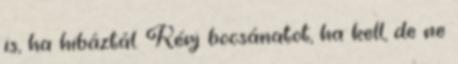
is, ha hibáztál. Kérj bocsánatot, ha kell, de ne